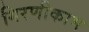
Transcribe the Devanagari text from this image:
गिरणीकाम